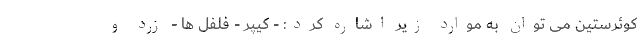
کوئرستین می توان به موارد زیر اشاره کرد: - کیپر - فلفل ها - زرد و